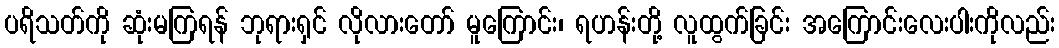
ပရိသတ်ကို ဆုံးမကြရန် ဘုရားရှင် လိုလားတော် မူကြောင်း၊ ရဟန်းတို့ လူထွက်ခြင်း အကြောင်းလေးပါးကိုလည်း